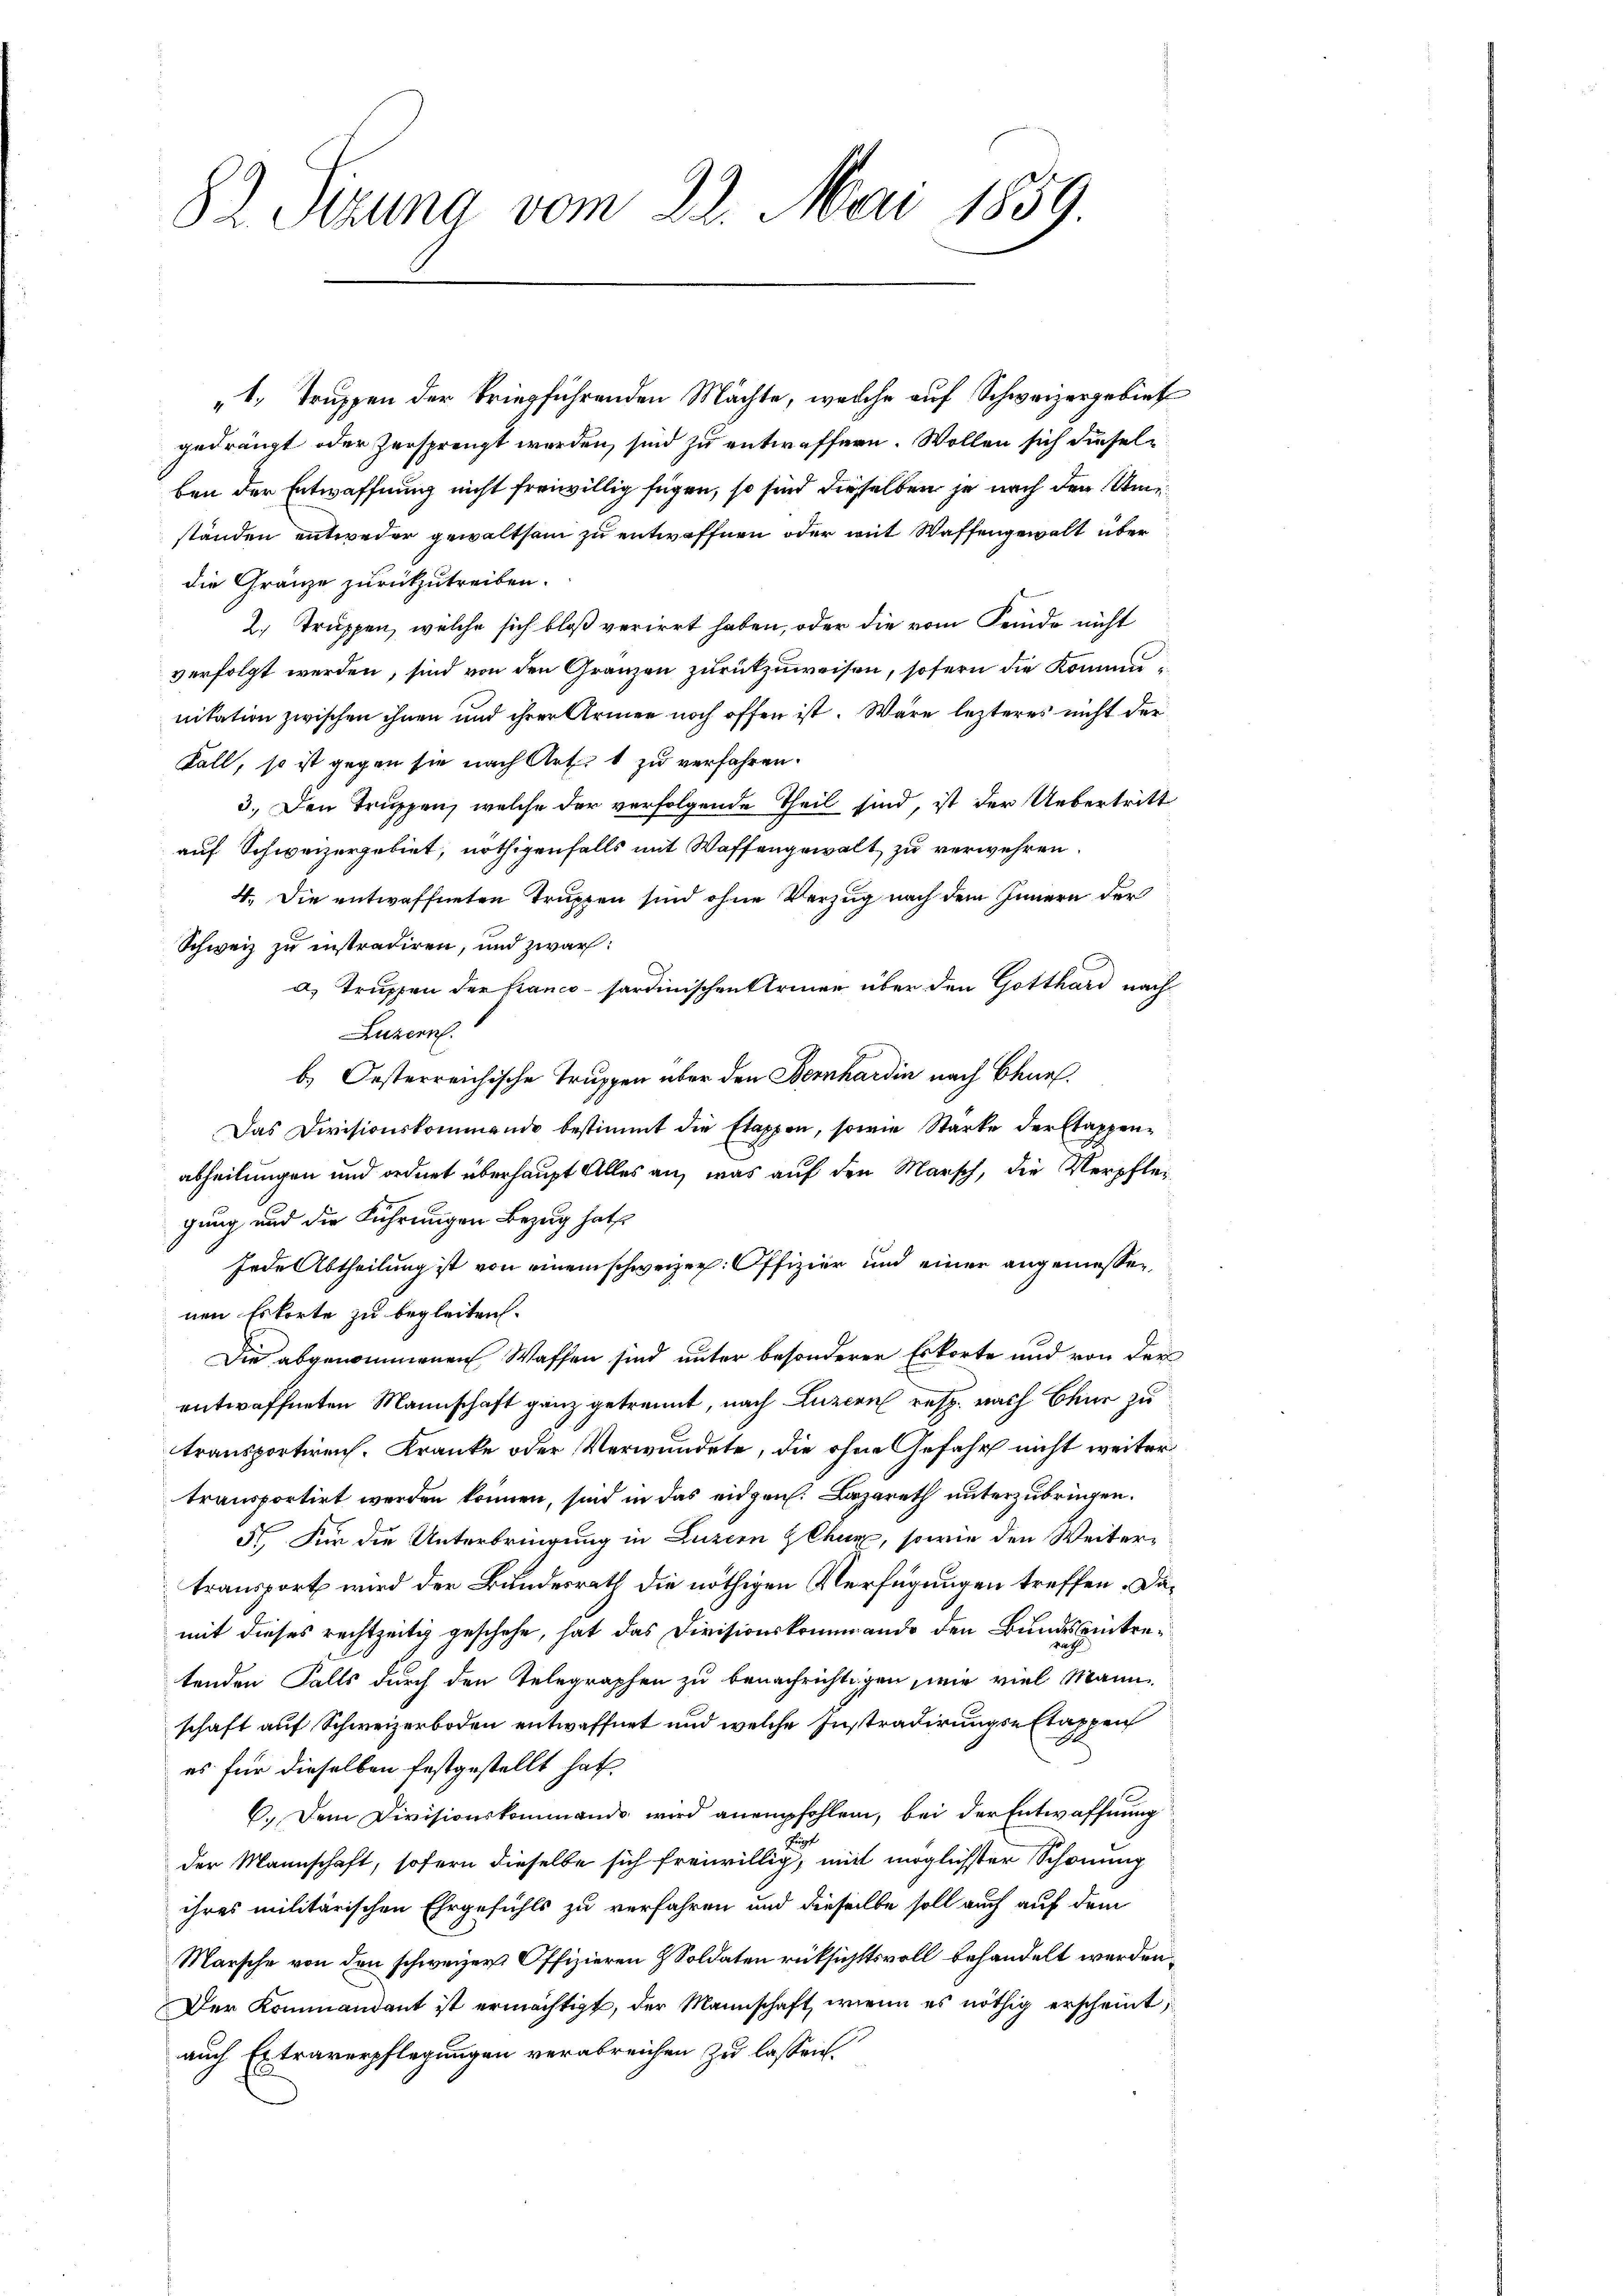
82. Sizung vom 22. Mai 1859.

„1. Truppen der kriegführenden Mächte, welche auf Schweizergebiet
gedrängt oder zersprengt werden, sind zu entwaffern. Wollen sich dieselben der Entwaffnung nicht freiwillig fügen, so sind dieselben je nach den Umständen entweder gewaltsam zu entwaffnen oder mit Waffengewalt über
die Gränze zurückzutreiben.
2. Truppen, welche sich bloß verirrt haben, oder die vom Feinde nicht
verfolgt werden, sind von den Gränzen zurükzuweisen, sofern die Kommunitation zwischen ihnen und ihrer Armen noch offen ist. Wäre lezteres nicht der
Fall, so ist gegen sie nach Art. 1 zu verfahren.
3.) Den Truppen, welche der verfolgende Theil sind, ist der Uebertritt
auf Schweizergebiet, nöthigenfalls mit Waffengewalt zu verwehren.
4. Die entwaffneten Truppen sind ohne Verzug nach dem Innern der
Schweiz zu instradiren, und zwar:
a) Truppen der Kranco-sardinischen Armen über den Gotthard nach
Luzern.
b. Oesterreichische Truppen über den Bernhardin nach Benef
Das Divisionskommende bestimmt die Etappen, sowie Starke der Etappenabheilungen und ordnet überhaupt Alles an, was auf den Marsch, die Verpflegung und die Führungen Bezug hat
Jede Abtheilung ist von einem schweizer. Offizier und einer angeniessen
nen Eskorte zu begleiten.
Die abgenommenen Waffen sind unter besonderer Erkorte und von der
entwaffneten Mannschaft ganz getrennt, nach Luzern resp. nach Chur zu
transportiren. Kranke oder Verwundete, die ohne Gefahr nicht weiter
transportirt werden können, sind in das eidgen. Lazareth unterzubringen.
N. Für die Unterbringung in Luzern Zehen, sowie den Weiter-
transport wird der Bundesrath die nöthigen Verfügungen treffen. Damit dieses rechtzeitig geschehe, hat das Divisionskommando den Bundesantretenden Falls durch den Telegraphen zu benachrichtigen, wie viel Mann
schaft auf Schweizerboden entwaffnet und welche Instradirungs-Etappen
es für dieselben festgestellt hat
6.) Dem Divisionskommando wird anempfohlen, bei der Entwaffnung
E
der Mannschaft, sofern dieselbe sich freiwillig, mit möglichster Schönung
ihres militärischen Ehrgefühls zu verfahren und dieselbe soll auch auf dem
Marsche von den schweizer Offizieren & Soldaten rücksichttsvoll behandelt werden.
Der Kommandant ist ermächtigt, der Mannschaft, wenn es nöthig erscheint,
auch Extraverpflegungen verabreichen zu lassen.